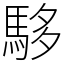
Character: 䮈